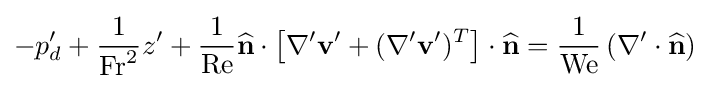
-p_{d}'+{1 \over {{\text{Fr}}^{2}}}z'+{1 \over {\text{Re}}}{\widehat {\bf {n}}}\cdot \left[\nabla '{\bf {v}}'+(\nabla '{\bf {v}}')^{T}\right]\cdot {\widehat {\bf {n}}}={1 \over {\text{We}}}\left(\nabla '\cdot {\widehat {\bf {n}}}\right)